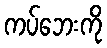
ကပ်ဘေးကို